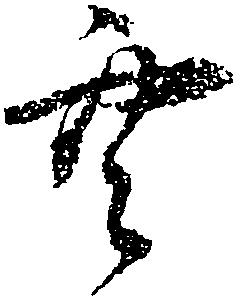
空